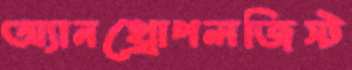
অ্যানথ্রোপলজিস্ট